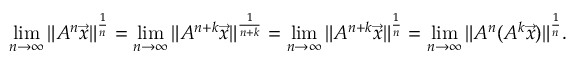
\operatorname* { l i m } _ { n \to \infty } \| A ^ { n } \vec { x } \| ^ { \frac { 1 } { n } } = \operatorname* { l i m } _ { n \to \infty } \| A ^ { n + k } \vec { x } \| ^ { \frac { 1 } { n + k } } = \operatorname* { l i m } _ { n \to \infty } \| A ^ { n + k } \vec { x } \| ^ { \frac { 1 } { n } } = \operatorname* { l i m } _ { n \to \infty } \| A ^ { n } ( A ^ { k } \vec { x } ) \| ^ { \frac { 1 } { n } } .